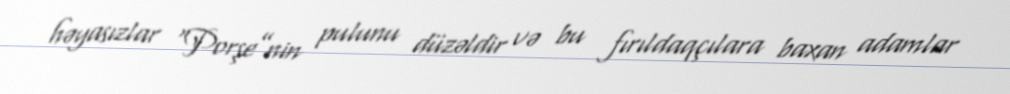
həyasızlar “Porşe”nin pulunu düzəldir və bu fırıldaqçılara baxan adamlar